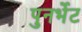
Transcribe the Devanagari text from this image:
पुनर्भेट